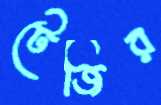
টেজির